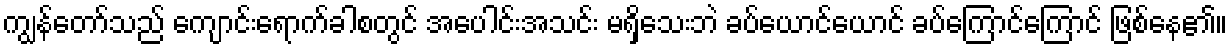
ကျွန်တော်သည် ကျောင်းရောက်ခါစတွင် အပေါင်းအသင်း မရှိသေးဘဲ ခပ်ယောင်ယောင် ခပ်ကြောင်ကြောင် ဖြစ်နေ၏။